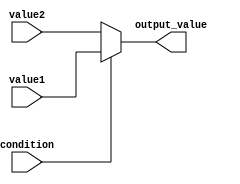
module conditional_operator_assignment (
    input wire condition,  // The condition input (boolean)
    input wire [7:0] value1, // First outcome value
    input wire [7:0] value2, // Second outcome value
    output reg [7:0] output_value // Output value based on condition
);

// Always block for combinational logic
always @(*) begin
    // Conditional (ternary) operator for output assignment
    output_value = condition ? value1 : value2;
end

endmodule